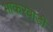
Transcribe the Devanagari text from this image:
भाकरवाडी